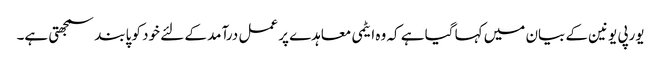
یورپی یونین کے بیان میں کہا گیا ہے کہ وہ ایٹمی معاہدے پر عمل درآمد کے لئے خود کو پابند سمجھتی ہے۔